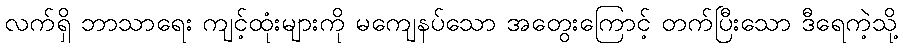
လက်ရှိ ဘာသာရေး ကျင့်ထုံးများကို မကျေနပ်သော အတွေးကြောင့် တက်ပြီးသော ဒီရေကဲ့သို့